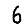
Digit: 6